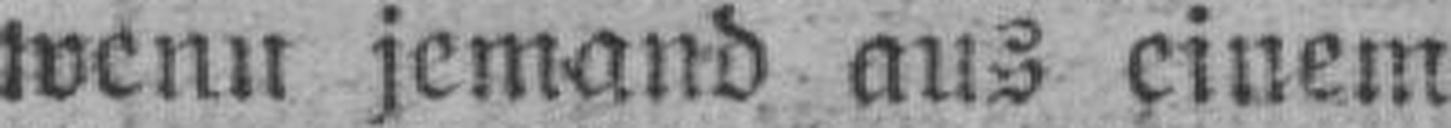
wenn jemand aus einem